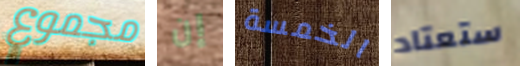
مجموع إن الخمسة ستعتاد